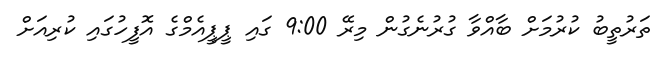
ތަރުތީބު ކުރުމަށް ބާއްވާ ގުރުނެގުން މިރޭ 9:00 ގައި ޕީޕީއެމްގެ އޮފީހުގައި ކުރިއަށް